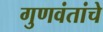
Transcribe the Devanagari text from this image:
गुणवंतांचे